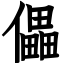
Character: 儡